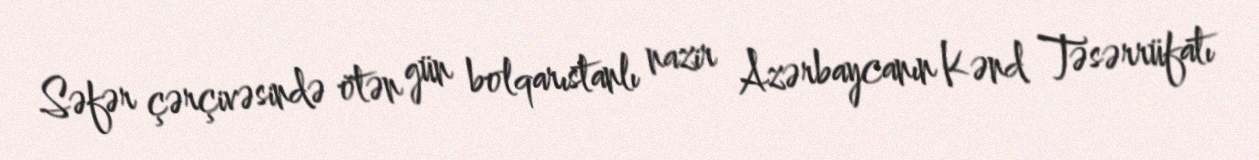
Səfər çərçivəsində ötən gün bolqarıstanlı nazir Azərbaycanın Kənd Təsərrüfatı